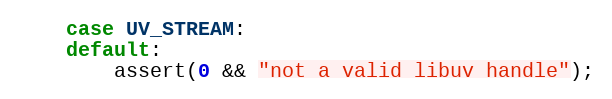
Language: C
    case UV_STREAM:
    default:
        assert(0 && "not a valid libuv handle");